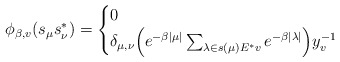
\begin{align*}\phi_{\beta,v}(s_\mu s^*_\nu)=\begin{cases}0&\\\delta_{\mu,\nu} \Big(e^{-\beta|\mu|}\sum_{\lambda\in s(\mu)E^*v}e^{-\beta|\lambda|}\Big)y_v^{-1}&\end{cases}\end{align*}